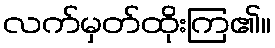
လက်မှတ်ထိုးကြ၏။